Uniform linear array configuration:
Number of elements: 64
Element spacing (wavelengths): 0.5
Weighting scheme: uniform
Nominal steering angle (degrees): -60
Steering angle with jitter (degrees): -61.33
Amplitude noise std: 0.05
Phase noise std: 0.05

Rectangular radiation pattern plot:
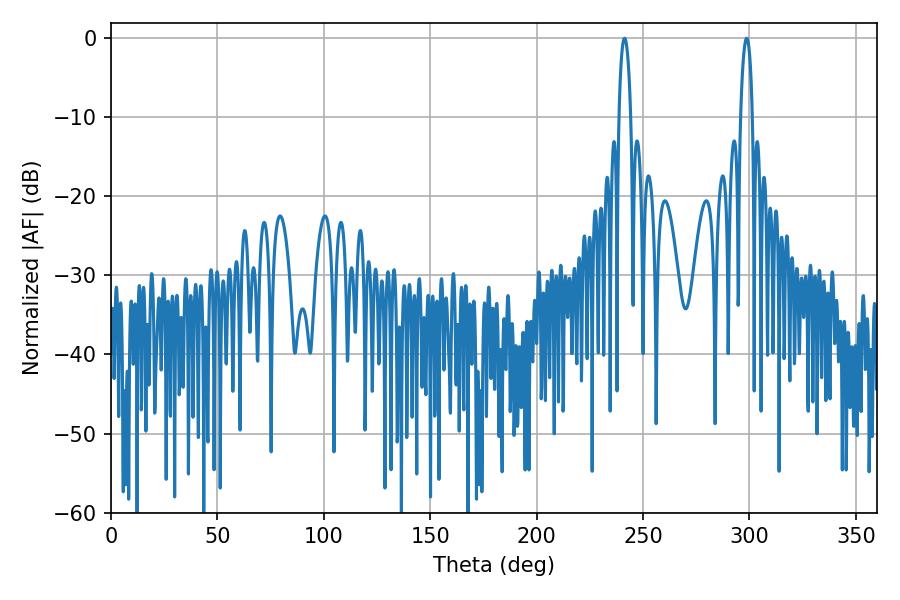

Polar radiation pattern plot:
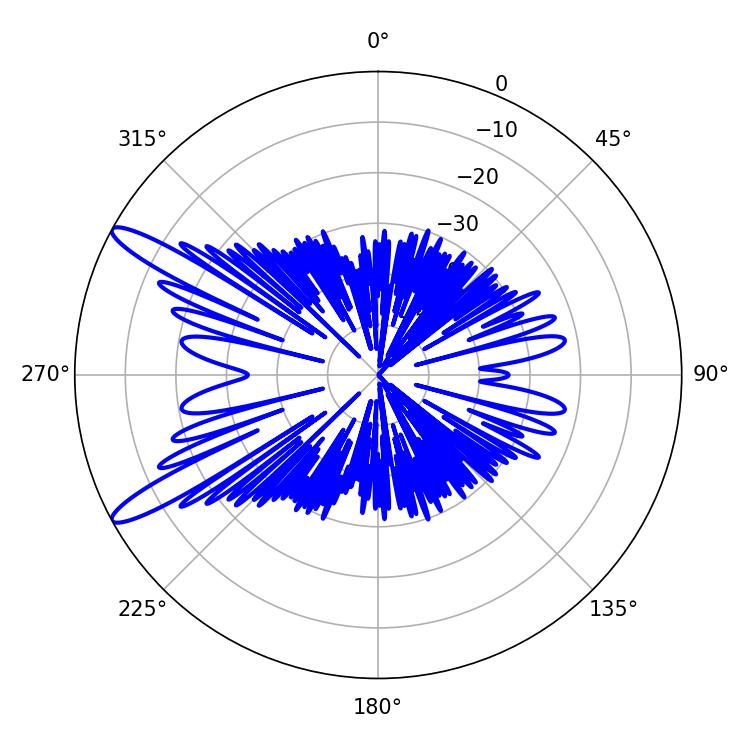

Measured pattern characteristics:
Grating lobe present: FALSE
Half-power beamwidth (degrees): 3.06
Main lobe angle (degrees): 241.38